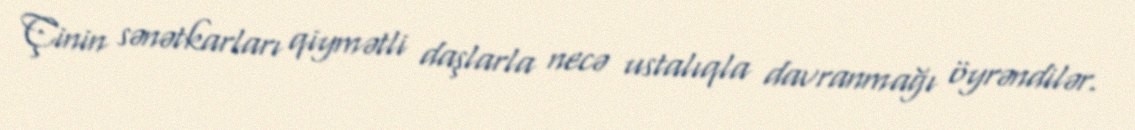
Çinin sənətkarları qiymətli daşlarla necə ustalıqla davranmağı öyrəndilər.